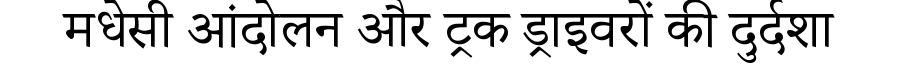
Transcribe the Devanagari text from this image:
मधेसी आंदोलन और ट्रक ड्राइवरों की दुर्दशा